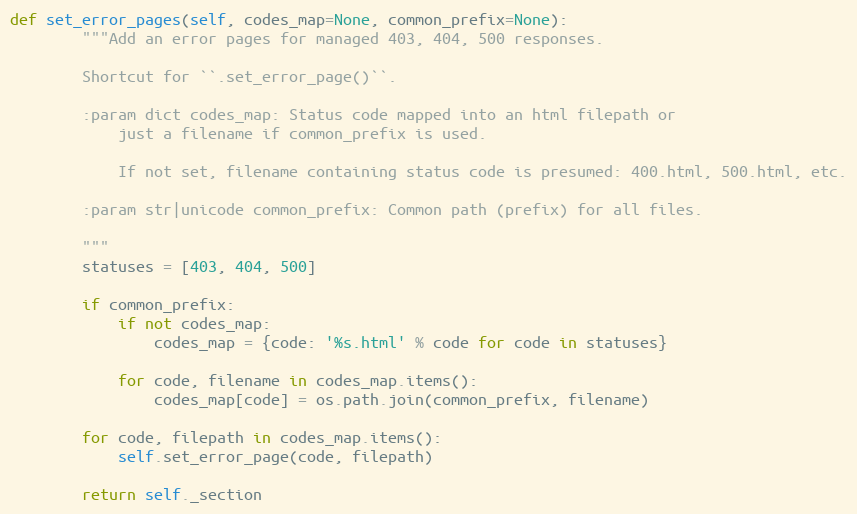
Language: Python
def set_error_pages(self, codes_map=None, common_prefix=None):
        """Add an error pages for managed 403, 404, 500 responses.

        Shortcut for ``.set_error_page()``.

        :param dict codes_map: Status code mapped into an html filepath or
            just a filename if common_prefix is used.

            If not set, filename containing status code is presumed: 400.html, 500.html, etc.

        :param str|unicode common_prefix: Common path (prefix) for all files.

        """
        statuses = [403, 404, 500]

        if common_prefix:
            if not codes_map:
                codes_map = {code: '%s.html' % code for code in statuses}

            for code, filename in codes_map.items():
                codes_map[code] = os.path.join(common_prefix, filename)

        for code, filepath in codes_map.items():
            self.set_error_page(code, filepath)

        return self._section